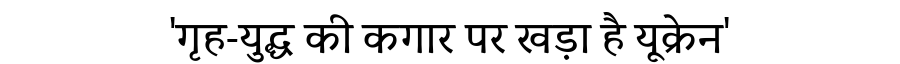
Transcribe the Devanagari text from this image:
'गृह-युद्ध की कगार पर खड़ा है यूक्रेन'